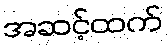
အဆင့်ထက်